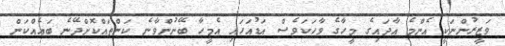
ވަޒީރުންނަކީ އެންމެ އާދައިގެ މީހާގެ ވާހަކަވެސް އަޑުއަހައި އެމީހާ ބޭނުންވާނެ ކަންތައްކޮށްދޭނެ ބައެއްކަން